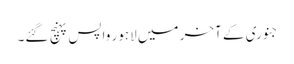
جنوری کے آخر میں لاہور واپس پہنچ گئے۔